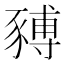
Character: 𧱹